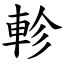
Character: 軫